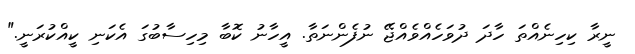
ނީރާ ކިހިނެއްތަ ހާދަ ދުވަހެއްވެއްޖޭ ނުފެންނަތާ. އީހާނު ކޮބާ މިހިސާބުގަ އެކަނި ކީއްކުރަނީ."